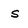
Character: s